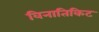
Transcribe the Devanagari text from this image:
विनातिकिट